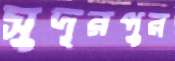
সুদূরপুর